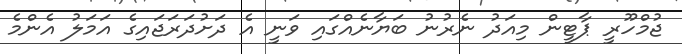
ޖުމްހޫރީ ޕާޓީން މިއަދު ނެރުނު ބަޔާނެއްގައި ވަނީ އެ ދަށުދަރަޖައިގެ އަމަލު އެންމެ